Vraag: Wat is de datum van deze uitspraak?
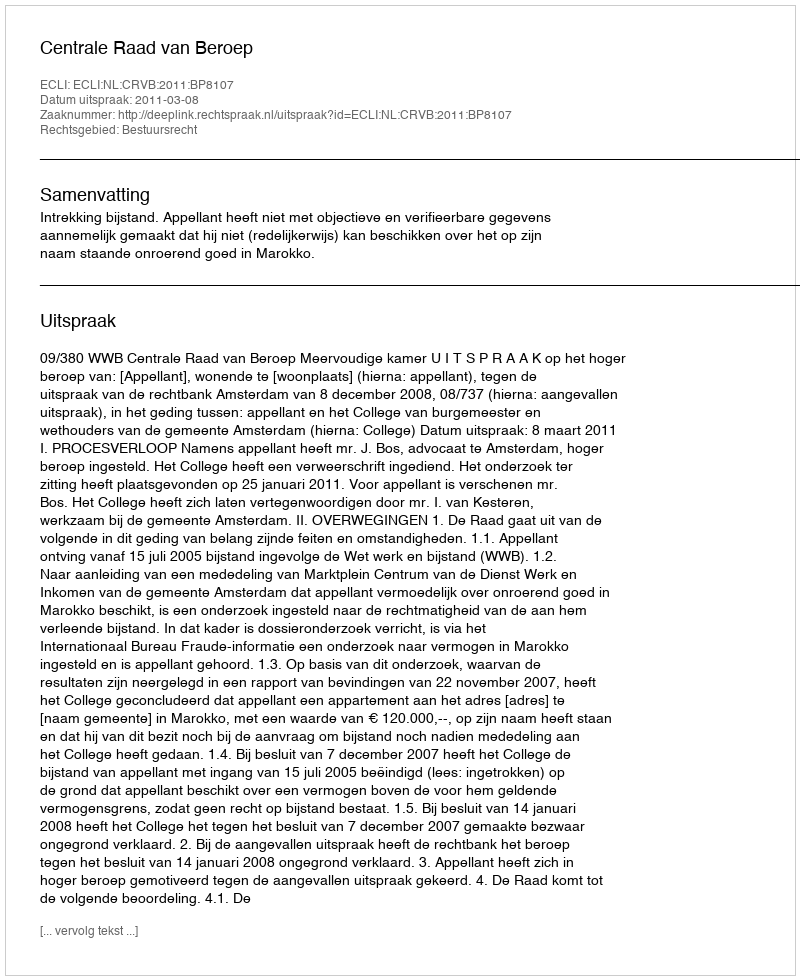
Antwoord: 2011-03-08